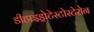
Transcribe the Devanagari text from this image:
डीहाइड्रोटेस्टोस्टेरोन